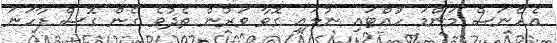
އެހެނަސް މަންމަ ހުއްޓައި ނުލައި ގޮވާ ވަރުން ތެދުވެ ގެން ގޮސް ފާހަނަ